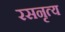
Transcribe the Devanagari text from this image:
रसनृत्य